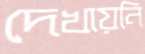
দেখায়নি